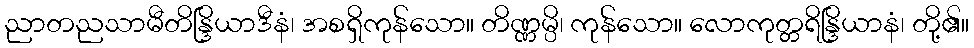
ညာတညသာမီတိန္ဒြိယာဒီနံ၊ အစရှိကုန်သော။ တိဏ္ဏမ္ပိ၊ ကုန်သော။ လောကုတ္တရိန္ဒြိယာနံ၊ တို့၏။